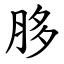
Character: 䏧